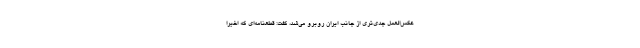
عکس‌العمل جدی‌تری از جانب ایران روبرو می‌شد، گفت: قطعنامه‌ای که اخیراً